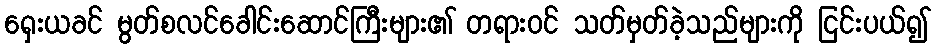
ရှေးယခင် မွတ်စလင်ခေါင်းဆောင်ကြီးများ၏ တရားဝင် သတ်မှတ်ခဲ့သည်များကို ငြင်းပယ်၍